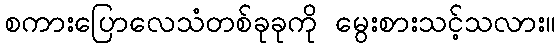
စကားပြောလေသံတစ်ခုခုကို မွေးစားသင့်သလား။